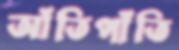
আঁতিপাঁতি